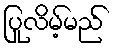
ပြုလိမ့်မည်